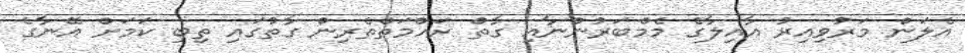
އެލަން މަރުވިއިރު އާއިލާގެ މެމްބަރުންނާއި ގާތް ރަހްމަތްތެރިން ގާތުގައި ތިބި ކަމަށް އޭނާގެ